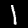
Digit: 1